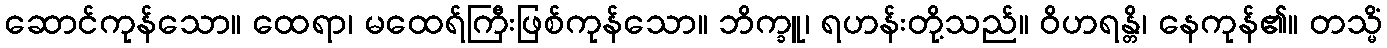
ဆောင်ကုန်သော။ ထေရာ၊ မထေရ်ကြီးဖြစ်ကုန်သော။ ဘိက္ခူ၊ ရဟန်းတို့သည်။ ဝိဟရန္တိ၊ နေကုန်၏။ တသ္မိံ